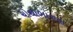
ચોથાભાગના